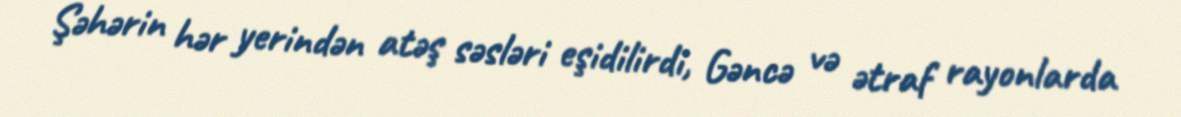
Şəhərin hər yerindən atəş səsləri eşidilirdi, Gəncə və ətraf rayonlarda